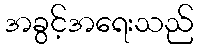
အခွင့်အရေးသည်